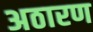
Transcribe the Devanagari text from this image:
अठारण